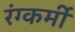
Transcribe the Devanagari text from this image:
रंग्कर्मी